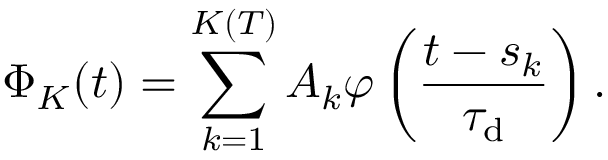
\Phi _ { K } ( t ) = \sum _ { k = 1 } ^ { K ( T ) } A _ { k } \varphi \left( \frac { t - s _ { k } } { \ensuremath { \tau _ { \mathrm { d } } } } \right) .